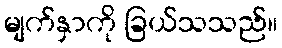
မျက်နှာကို ခြယ်သသည်။